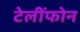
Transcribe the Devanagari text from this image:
टेलींफोन